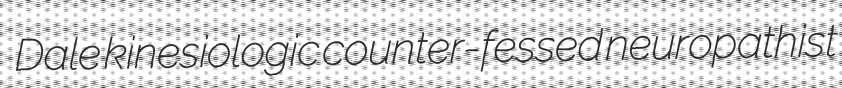
Dale kinesiologic counter-fessed neuropathist